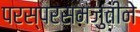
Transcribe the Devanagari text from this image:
परस्परसमजुतीने